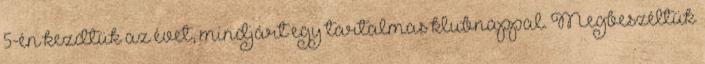
5-én kezdtük az évet, mindjárt egy tartalmas klubnappal. Megbeszéltük